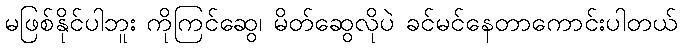
မဖြစ်နိုင်ပါဘူး ကိုကြင်ဆွေ၊ မိတ်ဆွေလိုပဲ ခင်မင်နေတာကောင်းပါတယ်